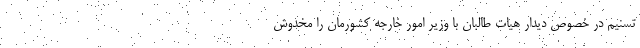
تسنیم در خصوص دیدار هیات طالبان با وزیر امور خارجه کشورمان را مخدوش